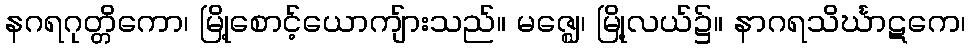
နဂရဂုတ္တိကော၊ မြို့စောင့်ယောကျ်ားသည်။ မဇ္ဈေ၊ မြို့လယ်၌။ နာဂရသိင်္ဃာဋကေ၊